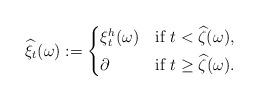
LaTeX: \begin{align*} \widehat{\xi}_{t}(\omega):=\begin{cases} \xi^{h}_{t}(\omega) &\hbox{if } t<\widehat{\zeta}(\omega) , \smallskip \\ \partial &\hbox{if } t\ge \widehat{\zeta}(\omega). \end{cases}\end{align*}